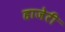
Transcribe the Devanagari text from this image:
हाजेरी